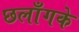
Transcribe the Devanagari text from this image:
छलाँगके